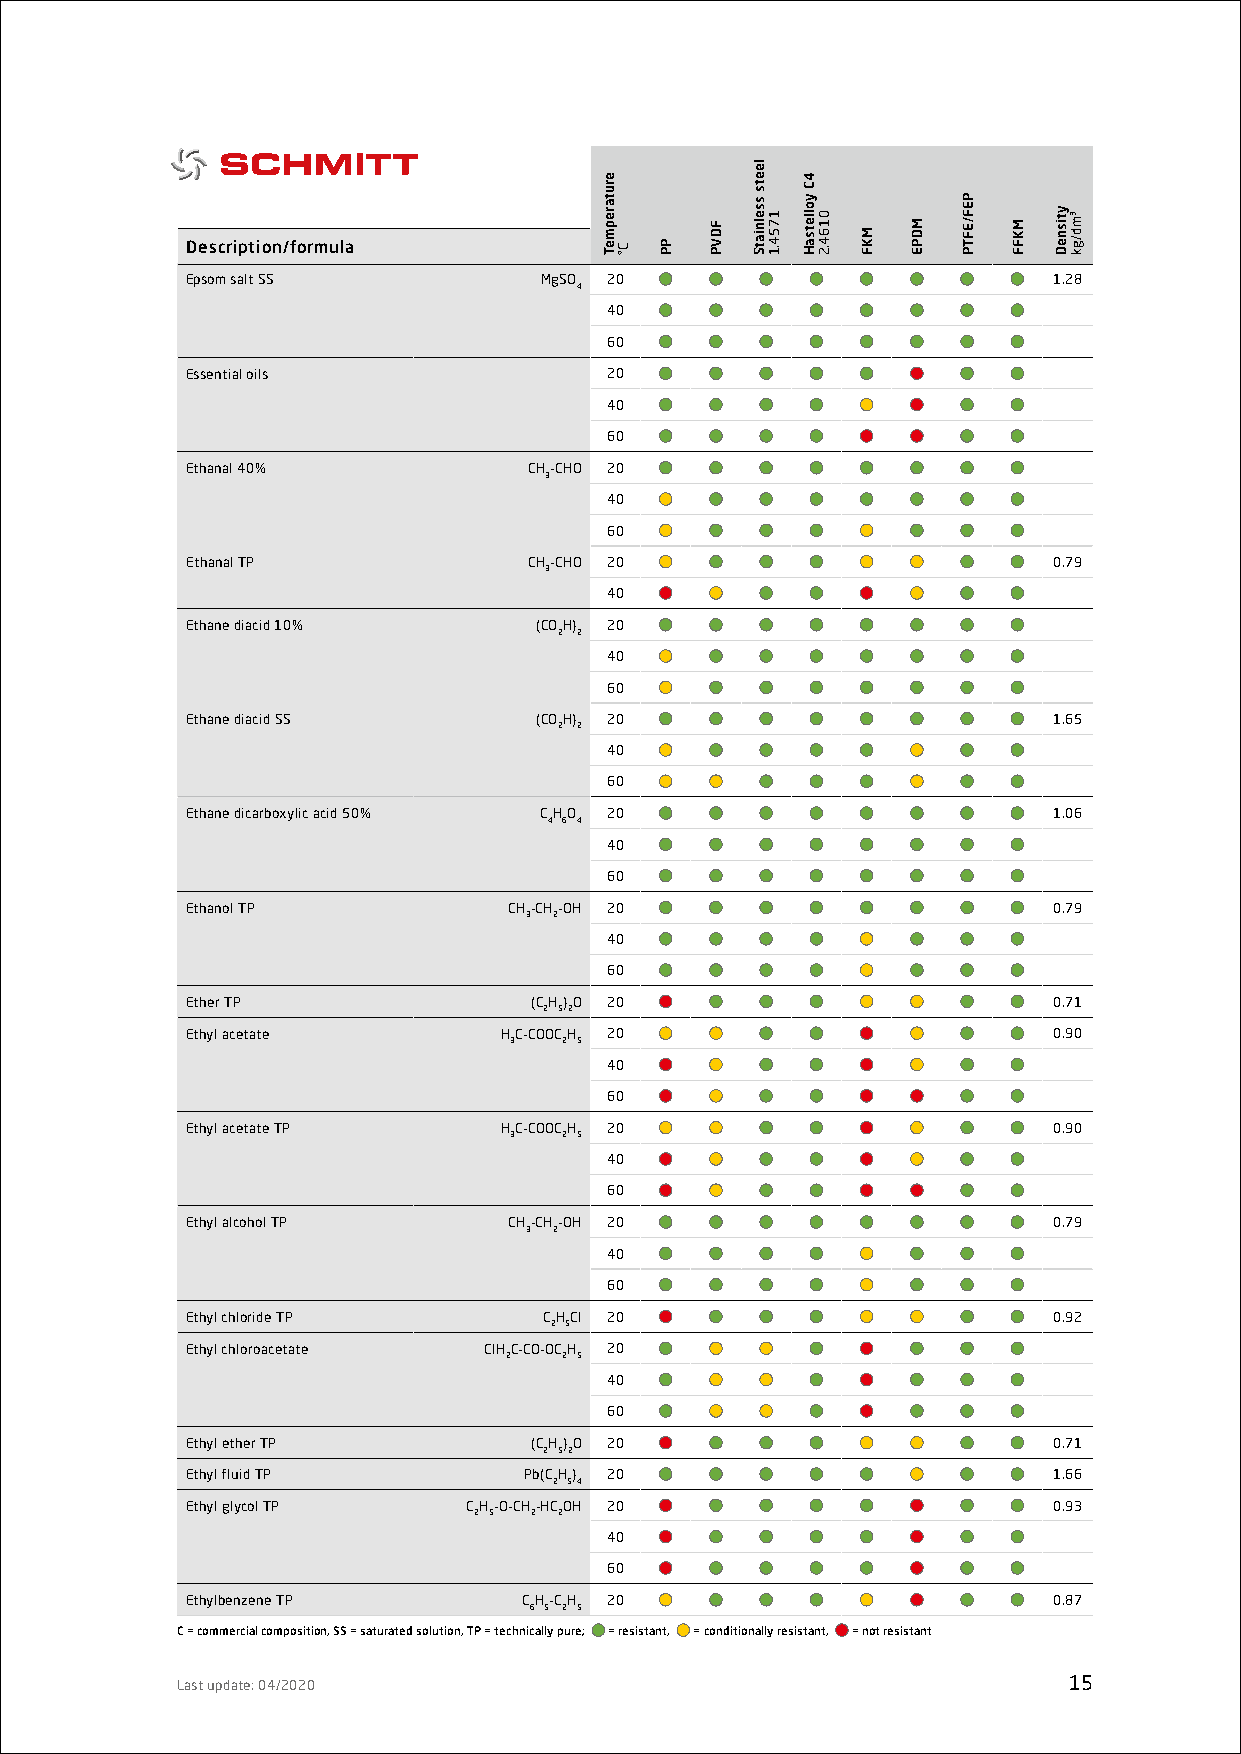
Description/formula
 Epsom salt SS           MgSO 20                           1.28
 4
 40
 60
 Essential oils              20
 40
 60
 Ethanal 40%            CH-CHO 20
 3
 40
 60
 Ethanal TP             CH-CHO 20                          0.79
 3
 40
 Ethane diacid 10%      (COH) 20
 2 2
 40
 60
 Ethane diacid SS       (COH) 20                           1.65
 2 2
 40
 60
 Ethane dicarboxylic acid 50% CHO 20                       1.06
 4 6 4
 40
 60
 Ethanol TP            CH-CH-OH 20                         0.79
 3 2
 40
 60
 Ether TP               (CH)O 20                           0.71
 2 52
 Ethyl acetate        HC-COOCH 20                          0.90
 3  2 5
 40
 60
 Ethyl acetate TP     HC-COOCH 20                          0.90
 3  2 5
 40
 60
 Ethyl alcohol TP      CH-CH-OH 20                         0.79
 3 2
 40
 60
 Ethyl chloride TP       CHCl 20                           0.92
 2 5
 Ethyl chloroacetate ClHC-CO-OCH 20
 2   2 5
 40
 60
 Ethyl ether TP         (CH)O 20                           0.71
 2 52
 Ethyl fluid TP         Pb(CH) 20                          1.66
 2 54
 Ethyl glycol TP    CH-O-CH-HCOH 20                        0.93
 2 5 2 2
 40
 60
 Ethylbenzene TP        CH-CH 20                           0.87
 6 5 2 5
 C = commercial composition, SS = saturated solution, TP = technically pure; = resistant, = conditionally resistant, = not resistant
 Last update: 04/2020                                       15
 erutarepmeT
 C° PP
 FDVP
 leets
 sselniatS
 1754.1
 4C
 yolletsaH
 0164.2
 MKF
 MDPE
 PEF/EFTP
 MKFF
 ytisneD ³md/gk